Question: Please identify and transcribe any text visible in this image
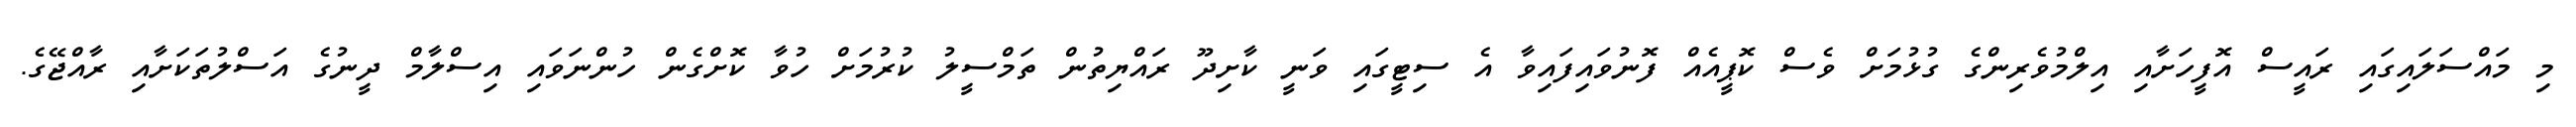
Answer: މި މައްސަލައިގައި ރައީސް އޮފީހަށާއި އިލްމުވެރިންގެ ގުޅުމަށް ވެސް ކޮޕީއެއް ފޮނުވައިފައިވާ އެ ސިޓީގައި ވަނީ ކާށިދޫ ރައްޔިތުން ތަމްސީލު ކުރުމަށް ހުވާ ކޮށްގެން ހުންނަވައި އިސްލާމް ދީނުގެ އަސްލުތަކަށާއި ރާއްޖޭގެ.